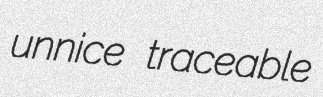
unnice traceable